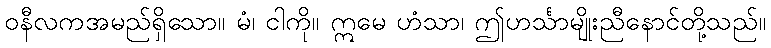
ဝနီလကအမည်ရှိသော။ မံ၊ ငါကို။ ဣမေ ဟံသာ၊ ဤဟင်္သာမျိုးညီနောင်တို့သည်။